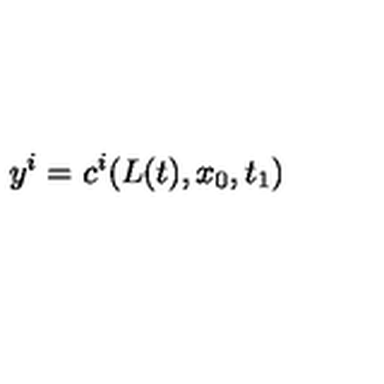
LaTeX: y ^ { i } = c ^ { i } ( L ( t ) , x _ { 0 } , t _ { 1 } )